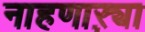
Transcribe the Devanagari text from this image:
नाहणाऱ्या